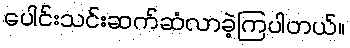
ပေါင်းသင်းဆက်ဆံလာခဲ့ကြပါတယ်။